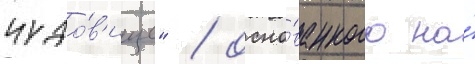
чудо́в'ище" / осно́ванного на́